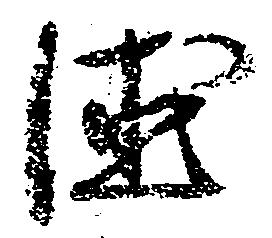
徳